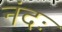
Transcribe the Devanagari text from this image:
नंदः